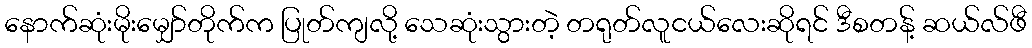
နောက်ဆုံးမိုးမျှော်တိုက်က ပြုတ်ကျလို့ သေဆုံးသွားတဲ့ တရုတ်လူငယ်လေးဆိုရင် ဒီစတန့် ဆယ်လ်ဖီ